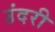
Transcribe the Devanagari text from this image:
उंदरी